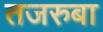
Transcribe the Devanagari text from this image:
तजरुबा